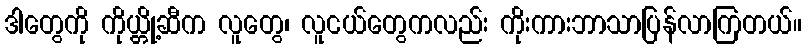
ဒါတွေကို ကိုယ္တို့ဆီက လူတွေ၊ လူငယ်တွေကလည်း ကိုးကားဘာသာပြန်လာကြတယ်။